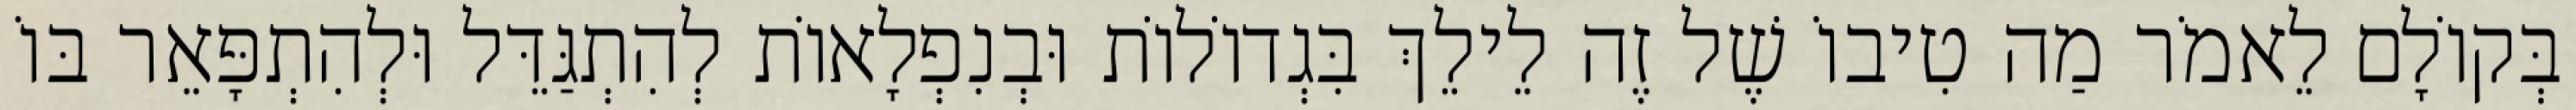
בְּקוֹלָם לֵאמֹר מַה טִיבוֹ שֶׁל זֶה לֵילֵךְ בִּגְדוֹלוֹת וּבְנִפְלָאוֹת לְהִתְגַּדֵּל וּלְהִתְפָּאֵר בּוֹ